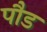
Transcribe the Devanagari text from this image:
पाैड